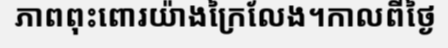
ភាពពុះពោរយ៉ាងក្រៃលែង។កាលពីថ្ងៃ